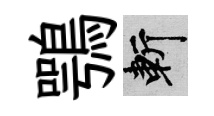
鶚斬